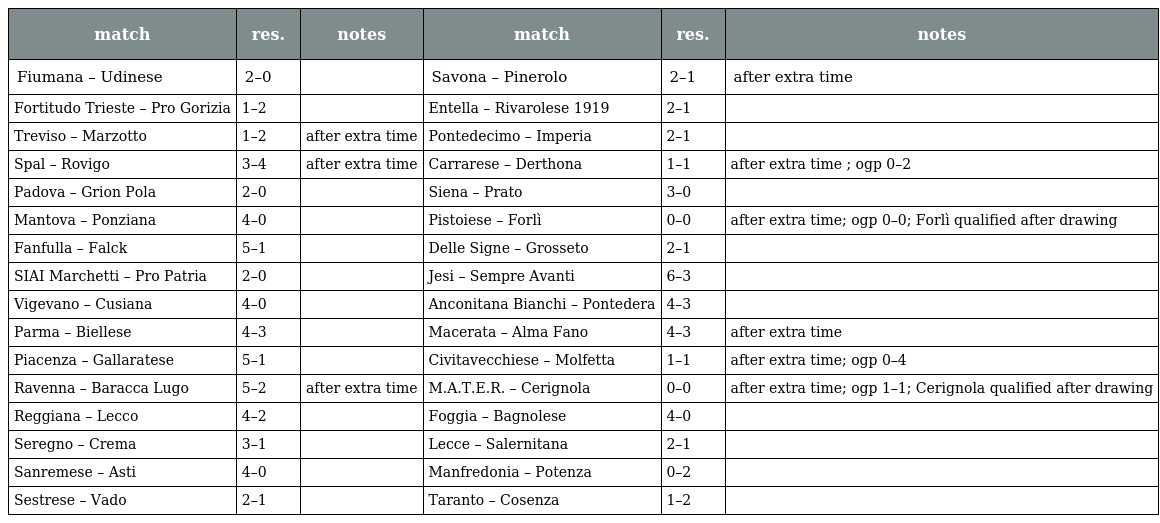
| match | res. | notes | match | res. | notes |
 | --- | --- | --- | --- | --- | --- |
 | Fiumana – Udinese | 2–0 |  | Savona – Pinerolo | 2–1 | after extra time |
 | Fortitudo Trieste – Pro Gorizia | 1–2 |  | Entella – Rivarolese 1919 | 2–1 |  |
 | Treviso – Marzotto | 1–2 | after extra time | Pontedecimo – Imperia | 2–1 |  |
 | Spal – Rovigo | 3–4 | after extra time | Carrarese – Derthona | 1–1 | after extra time ; ogp 0–2 |
 | Padova – Grion Pola | 2–0 |  | Siena – Prato | 3–0 |  |
 | Mantova – Ponziana | 4–0 |  | Pistoiese – Forlì | 0–0 | after extra time; ogp 0–0; Forlì qualified after drawing |
 | Fanfulla – Falck | 5–1 |  | Delle Signe – Grosseto | 2–1 |  |
 | SIAI Marchetti – Pro Patria | 2–0 |  | Jesi – Sempre Avanti | 6–3 |  |
 | Vigevano – Cusiana | 4–0 |  | Anconitana Bianchi – Pontedera | 4–3 |  |
 | Parma – Biellese | 4–3 |  | Macerata – Alma Fano | 4–3 | after extra time |
 | Piacenza – Gallaratese | 5–1 |  | Civitavecchiese – Molfetta | 1–1 | after extra time; ogp 0–4 |
 | Ravenna – Baracca Lugo | 5–2 | after extra time | M.A.T.E.R. – Cerignola | 0–0 | after extra time; ogp 1–1; Cerignola qualified after drawing |
 | Reggiana – Lecco | 4–2 |  | Foggia – Bagnolese | 4–0 |  |
 | Seregno – Crema | 3–1 |  | Lecce – Salernitana | 2–1 |  |
 | Sanremese – Asti | 4–0 |  | Manfredonia – Potenza | 0–2 |  |
 | Sestrese – Vado | 2–1 |  | Taranto – Cosenza | 1–2 |  |